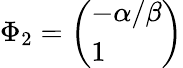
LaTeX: \Phi_{2}=\left(\begin{array}{l}{-\alpha/\beta}\\ {1}\end{array}\right)